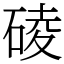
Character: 碐